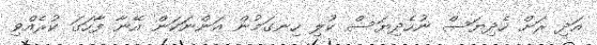
އަދި ރަށް ހެދިޔަސް ނުހެދިޔަސް ކުލި ހިނގަމުން އަންނަކަން އޭނާ ފާހަގަ ކުރެއްވި